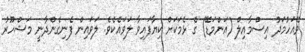
ވޭއަހުމަދު އިސްމާއިލް (އަންމަޑޭ) ގެ ޅެމަކަށް ކިޔާފައިވާ ލަވައެކެވެ. ލަވައިން ފެނިގެންދާނީ މަޝްހޫރު